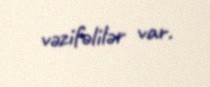
vəzifəlilər var.